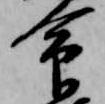
命